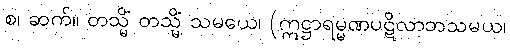
စ၊ ဆက်။ တသ္မိံ တသ္မိံ သမယေ၊ (ဣဋ္ဌာရမ္မဏပဋိလာဘသမယ၊